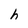
Character: h